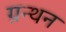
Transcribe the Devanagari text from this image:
ग्रन्थन